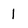
Character: 1